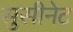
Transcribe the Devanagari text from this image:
सुसीनेट